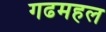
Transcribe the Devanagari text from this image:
गढमहल